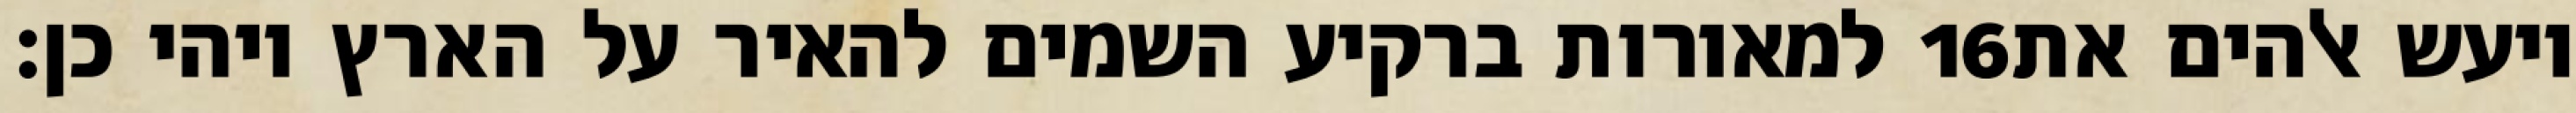
למאורות ברקיע השמים להאיר על הארץ ויהי כן׃ ‎16‏ ויעש אלהים את